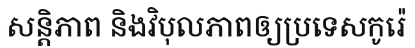
សន្តិភាព និងវិបុលភាពឲ្យប្រទេសកូរ៉េ